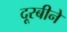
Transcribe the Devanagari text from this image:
दूरबीने